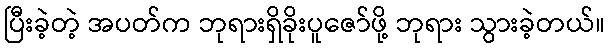
ပြီးခဲ့တဲ့ အပတ်က ဘုရားရှိခိုးပူဇော်ဖို့ ဘုရား သွားခဲ့တယ်။